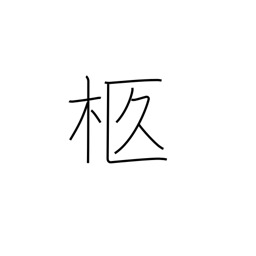
Meaning: bier